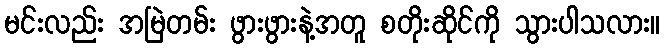
မင်းလည်း အမြဲတမ်း ဖွားဖွားနဲ့အတူ စတိုးဆိုင်ကို သွားပါသလား။